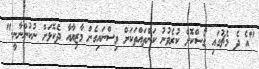
"އެ ދެ މެޗުގައި ގޯސްކޮށް ކުރެވުުނު ކަންތައްތަކަށް ވިސްނައިގެން މާޒިޔާއާ ދެކޮޅަށް ނުކުންނާނީ."